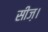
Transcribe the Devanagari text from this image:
सीज़।